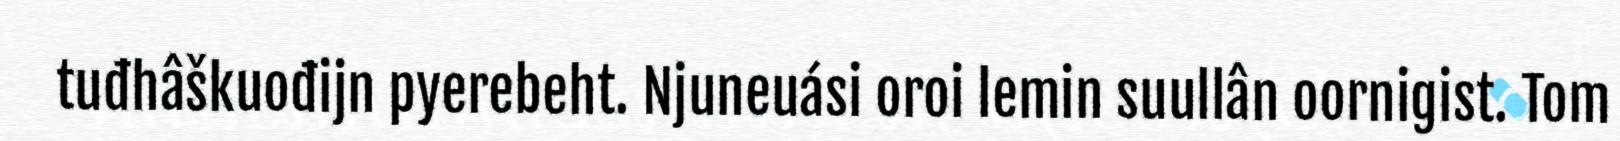
tuđhâškuođijn pyerebeht. Njuneuási oroi lemin suullân oornigist. Tom